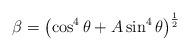
LaTeX: \begin{align*}\beta = \left ( \cos^4\theta + A\sin^4\theta \right ) ^{\frac{1}{2}}\end{align*}